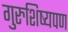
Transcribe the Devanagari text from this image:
गुरुशिष्यपण